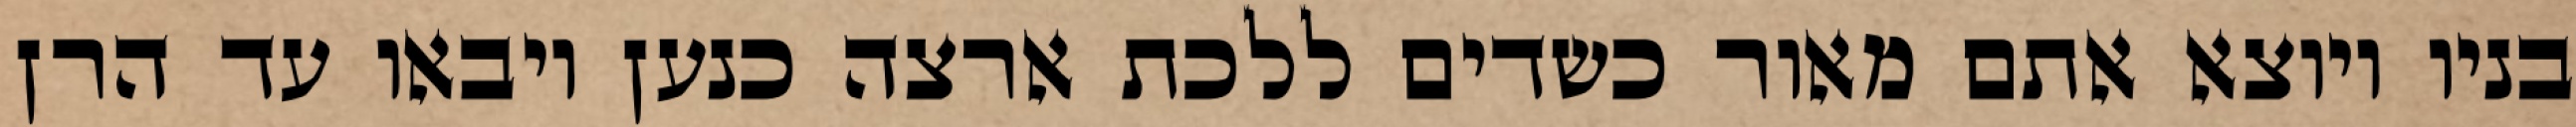
בניו ויוצא אתם מאור כשדים ללכת ארצה כנען ויבאו עד הרן